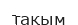
тақым